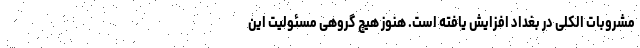
مشروبات الکلی در بغداد افزایش یافته است. هنوز هیچ گروهی مسئولیت این